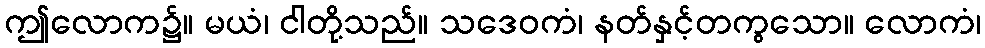
ဤလောက၌။ မယံ၊ ငါတို့သည်။ သဒေဝကံ၊ နတ်နှင့်တကွသော။ လောကံ၊